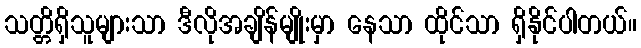
သတ္တိရှိသူများသာ ဒီလိုအချိန်မျိုးမှာ နေသာ ထိုင်သာ ရှိနိုင်ပါတယ်။